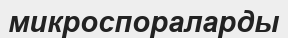
микроспораларды